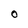
Character: 0